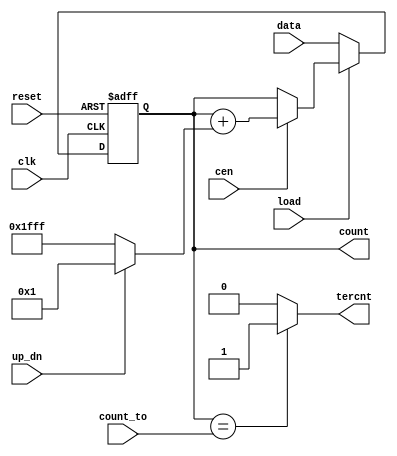

//--------------------------------------------------------------------------------------------------
//
// Title       : DW03_bictr_dcnto
// Design      : DW03_bictr_dcnto

// Company     : 
//-------------------------------------------------------------------------------------------------
//
// Description : DW03_bictr_dcnto is a general-purpose up/down counter with dynamic count-to logic.
// 
// When the count value equals count_to, the signal tercnt (terminal count) is asserted(HIGH). tercnt 
// can be connected to load through an inversion to synchronously reset the counter to a predefined 
// value on the input pin of the data bus. The up_dn input controls whether the counter counts up (up_dn HIGH) 
// or down ( up_dn LOW), starting on the next positive edge of clk.
//-------------------------------------------------------------------------------------------------
module DW03_bictr_dcnto(
	data,     //Counter load input 
	count_to, //Count compare input
	up_dn,    //High for count up and low for count down
	load,	  //Enable data load to counter, active low
	cen,      //Count enable, active high
	clk,      //Clock
	reset,	  //Counter reset, active low
	count,	  //Output count bus
	tercnt	  //Terminal count flag
	)/* synthesis syn_builtin_du = "weak" */;

parameter width = 13; 
//Input/output declaration
input [width-1 : 0]  data;
input [width-1 : 0]  count_to;
input 				 up_dn;    
input 				 cen;      
input 				 load;     
input 				 clk;      
input 				 reset;    
output [width-1 : 0] count;
output               tercnt;

//Internal signal decaration
wire [width-1:0]   count;
reg                tercnt;
reg [width-1:0]    count_i;
reg [width-1:0]    count_r;
wire [width-1:0]   add_bits;

//Addend or subtrahend based on up_dn control input 
assign add_bits = up_dn ? {{width-1{1'b0}},1'b1} : {width{1'b1}};

//The combo part of the counter
always @( count_r or load or data or cen or add_bits ) 
	if (!load) 
		count_i = data;
	else if (cen)
		count_i = count_r + add_bits;
	else
		count_i = count_r;
		
//The sequential part of counter		
always @ (posedge clk or negedge reset)
	if (!reset )
		count_r <= 0;
	else	   
		count_r <= count_i;	
		
assign count = count_r;

//Terminal count generation
always @(count_r or count_to)
	if (count_r == count_to)
		tercnt = 1'b1;
	else
		tercnt = 1'b0;

endmodule